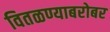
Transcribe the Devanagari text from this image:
वितळण्याबरोबर